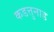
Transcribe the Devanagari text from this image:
कडत्तुनाड